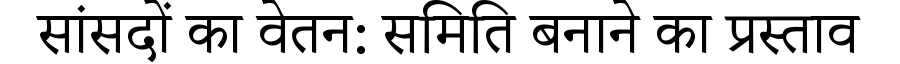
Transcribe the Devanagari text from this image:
सांसदों का वेतन: समिति बनाने का प्रस्ताव